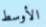
الأوسط